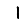
Digit: 1